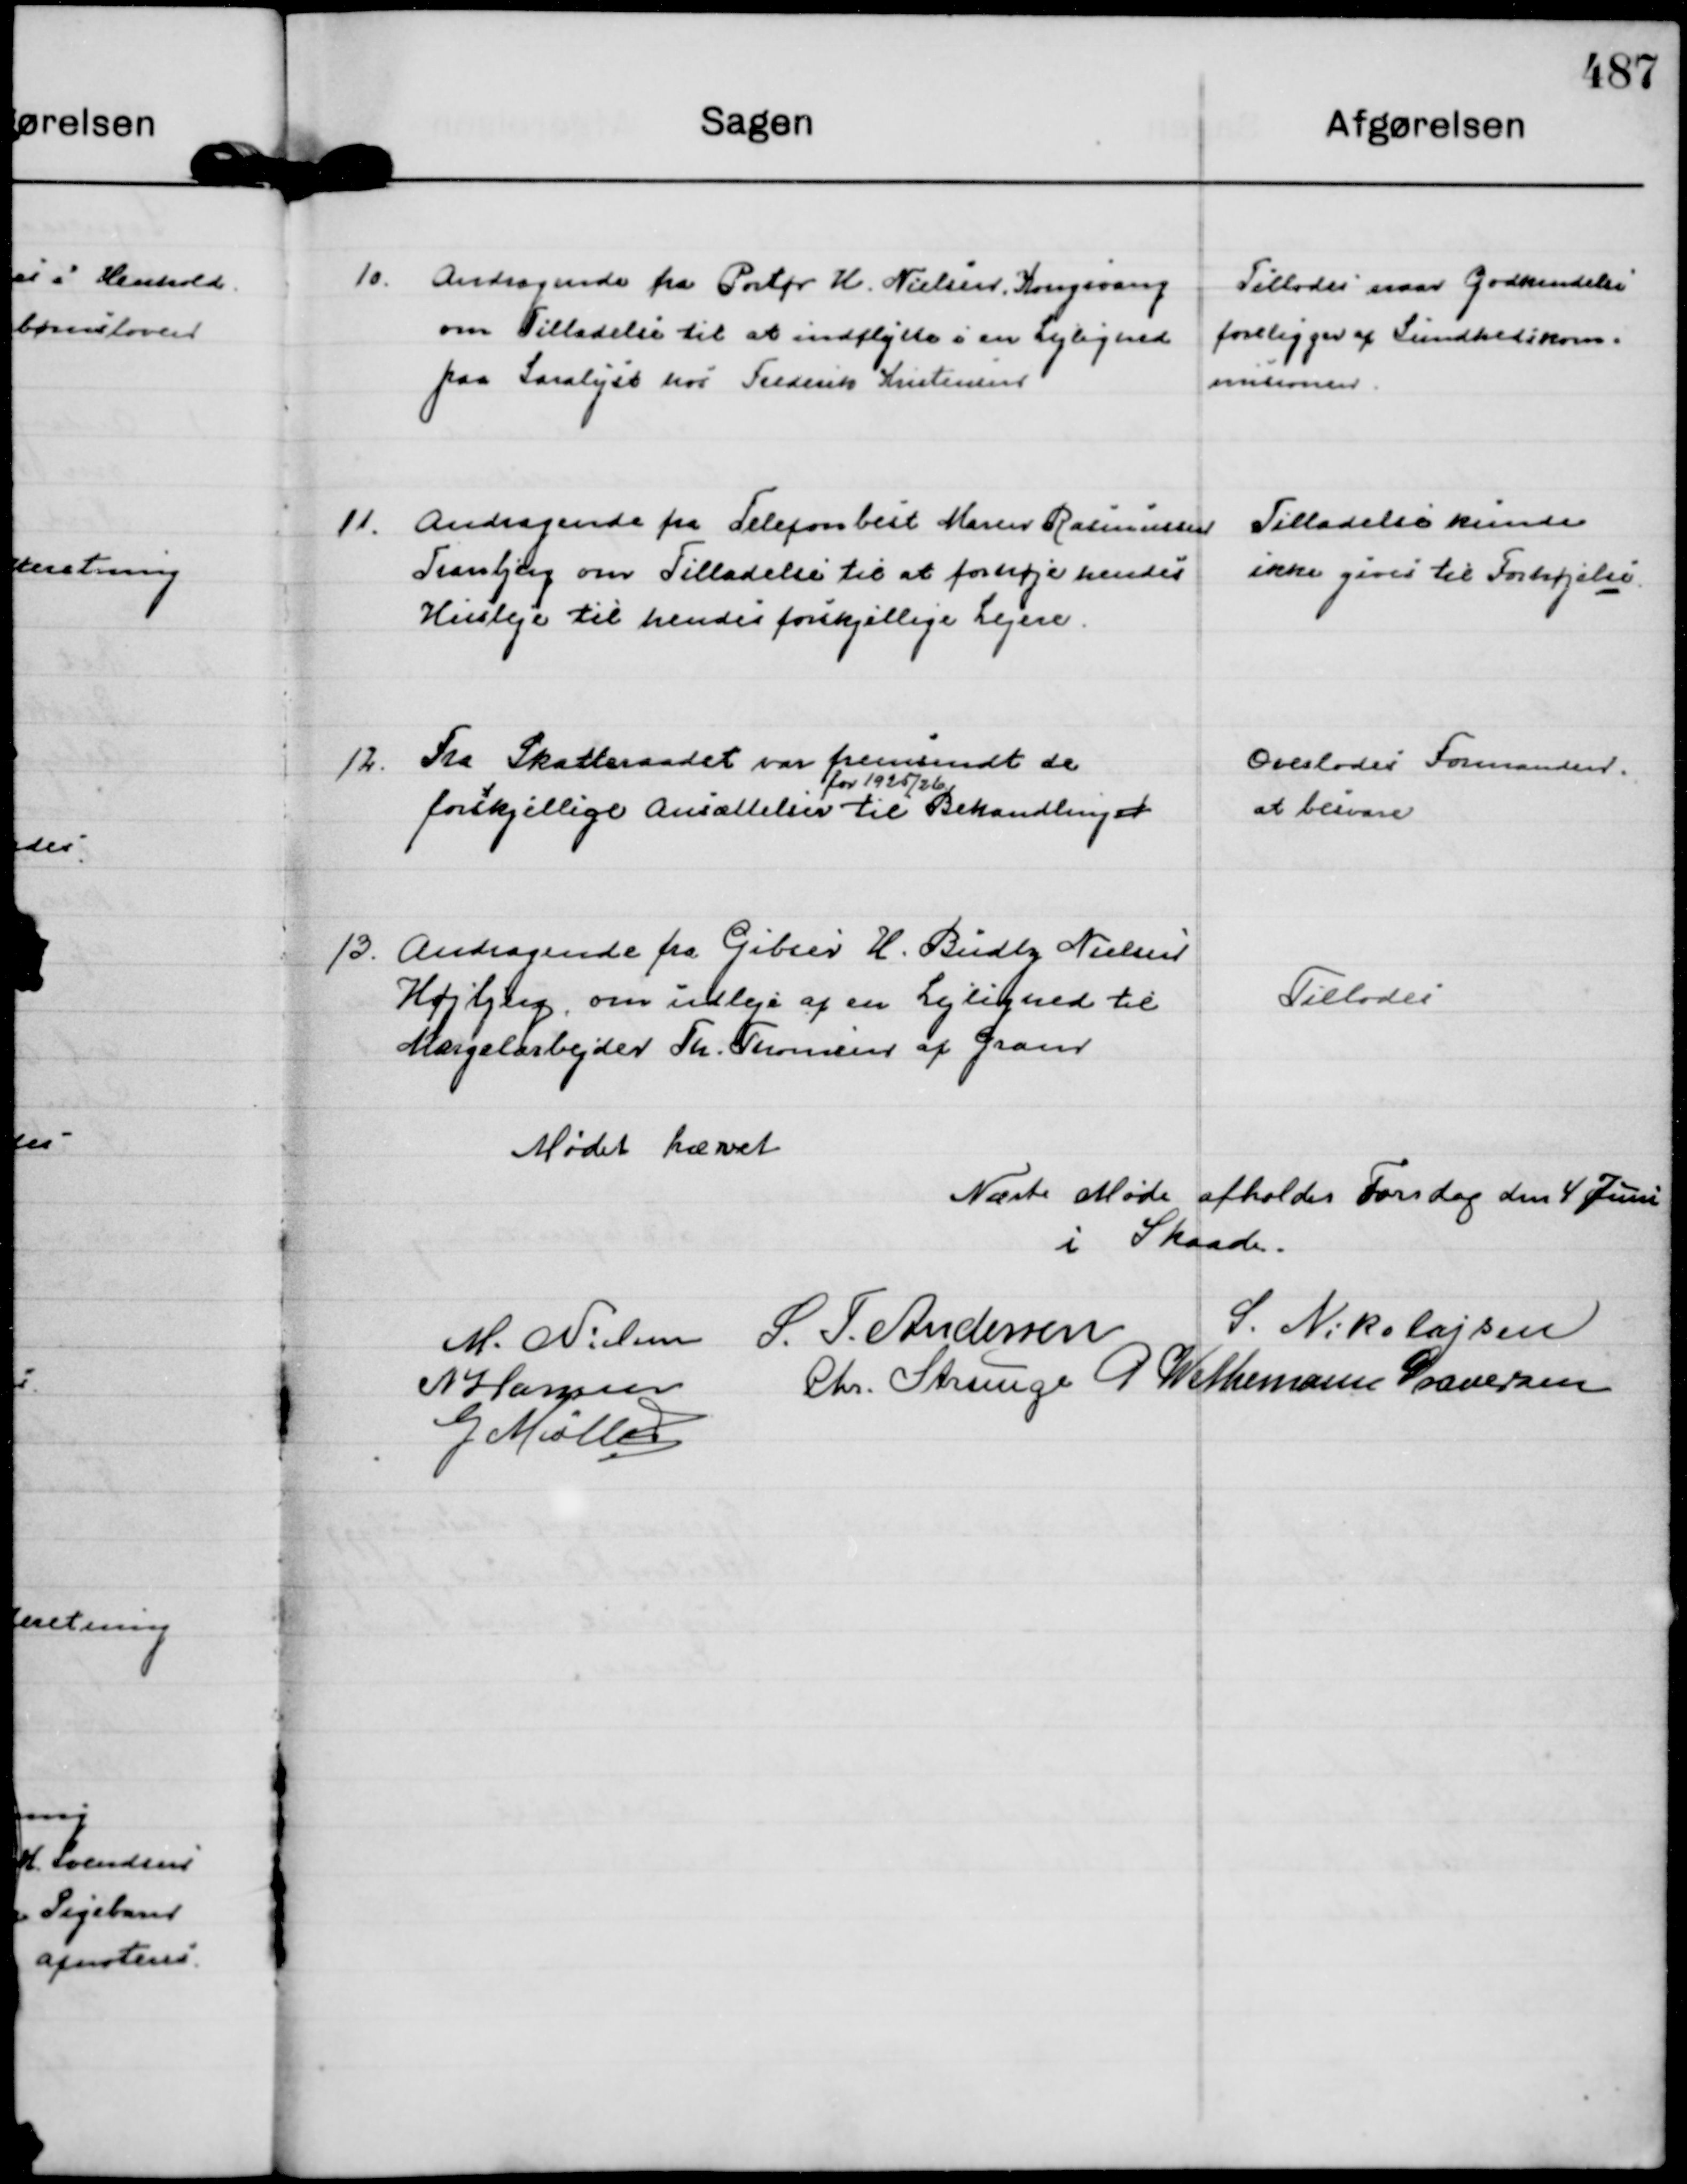
Transskription:
10.
Andragende fra Portør H. Nielsen Kongsvang
om Tilladelse til at indflytte i en Lejlighed
paa Saralyst hos Frederik Kristensen

Tillodes naar Godkendelse
foreligger af Sundhedskom=
misionen.

11.
Andragende fra Telefonbest Maren Rasmussen
Tranbjerg om Tilladelse til at forhøje hendes
Husleje til hendes forskjellige Lejere.

Tilladelse kunde
ikke gives til Forhøjelse.

12.
Fra Skatteraadet var fremsendt de
forskjellige Ansættelser
for 1925/26
til Behandlinger

Overlodes Formanden.
at besvare

13.
Andragende fra Gibser H. Budty Nielsen 
Højbjerg, om udleje af en Lejlighed til
Margelarbejder Th. Thomsen af Gram

Tillodes

Mødet hævet

Næste Møde afholdes Torsdag den 4 Juni
i Skaade.

M. Nielsen
S. T. Andersen
S. Nikolajsen
N Hansen
Chr. Strunge
P Wethemann Graversen
G Møller